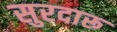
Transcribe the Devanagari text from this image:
सुरदारू